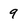
Character: 9